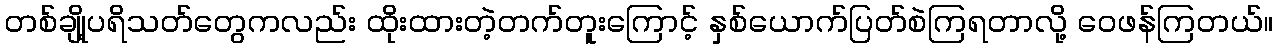
တစ်ချို့ပရိသတ်တွေကလည်း ထိုးထားတဲ့တက်တူးကြောင့် နှစ်ယောက်ပြတ်စဲကြရတာလို့ ဝေဖန်ကြတယ်။